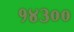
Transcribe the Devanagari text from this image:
१४३००